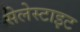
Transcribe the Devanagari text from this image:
सेलेस्टाइट